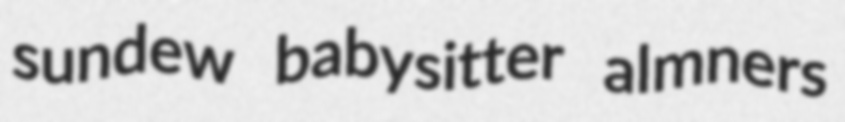
sundew babysitter almners